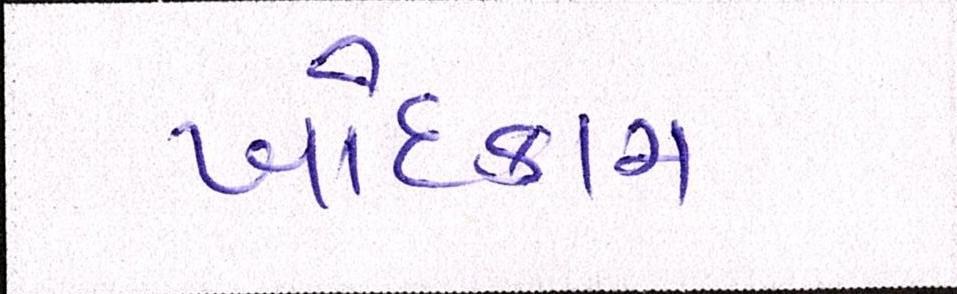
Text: ખોદકામ